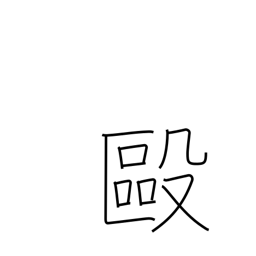
Meaning: brawl